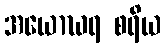
အယောဃရ စရိယ